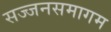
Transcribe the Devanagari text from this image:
सज्जनसमागम